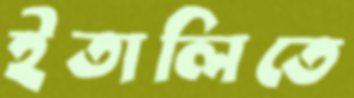
ইতালিতে